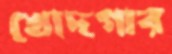
খোদগার